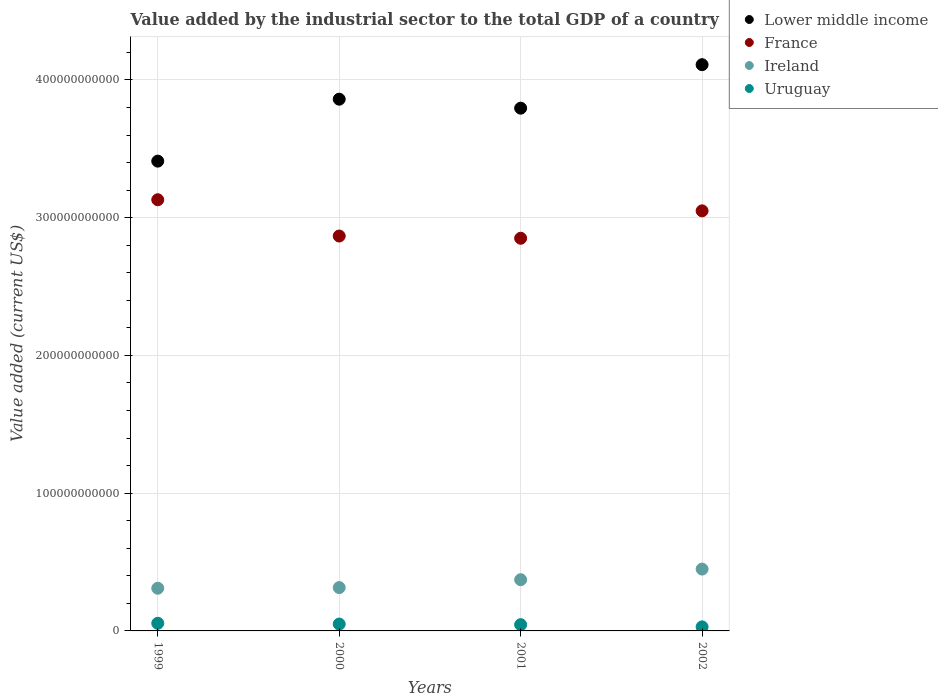
| Years | Lower middle income | France | Ireland | Uruguay |
 | --- | --- | --- | --- | --- |
 | 1999 | 3.41e+11 | 3.13e+11 | 3.1e+10 | 5.54e+09 |
 | 2000 | 3.86e+11 | 2.87e+11 | 3.15e+10 | 4.98e+09 |
 | 2001 | 3.79e+11 | 2.85e+11 | 3.72e+10 | 4.54e+09 |
 | 2002 | 4.11e+11 | 3.05e+11 | 4.49e+10 | 2.95e+09 |